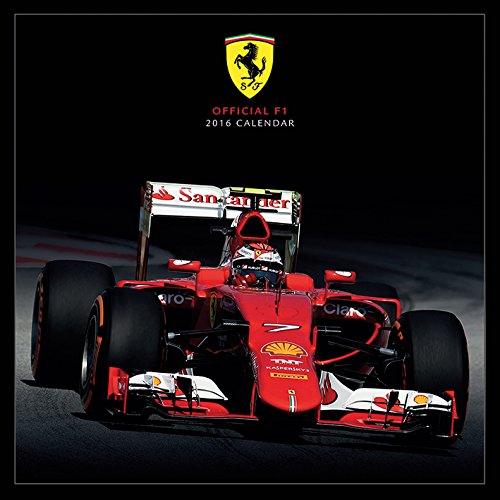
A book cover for Ferrari F1 2016 Square Calendar 30x30cm; Calendars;